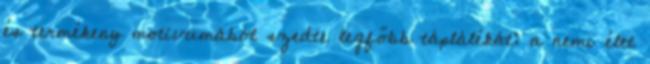
és termékeny motívumából szedte legfőbb táplálékát: a nemi élet